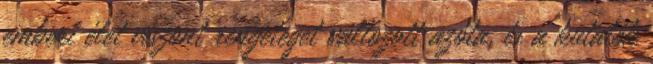
emberi élet viszont rengeteget változott azóta, és a kutatók